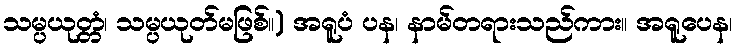
သမ္ပယုတ္တံ၊ သမ္ပယုတ်မဖြစ်။) အရူပံ ပန၊ နာမ်တရားသည်ကား။ အရူပေန၊